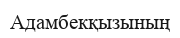
Адамбекқызының